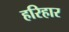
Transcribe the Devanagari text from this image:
हरिहार